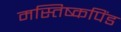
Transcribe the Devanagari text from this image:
मस्तिष्कपिंड